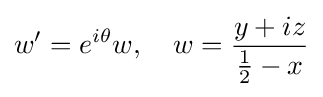
w'=e^{i\theta }w,\quad w={\frac {y+iz}{{\frac {1}{2}}-x}}